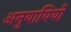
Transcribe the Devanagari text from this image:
अनुयायियों